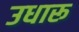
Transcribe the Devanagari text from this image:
उधारू